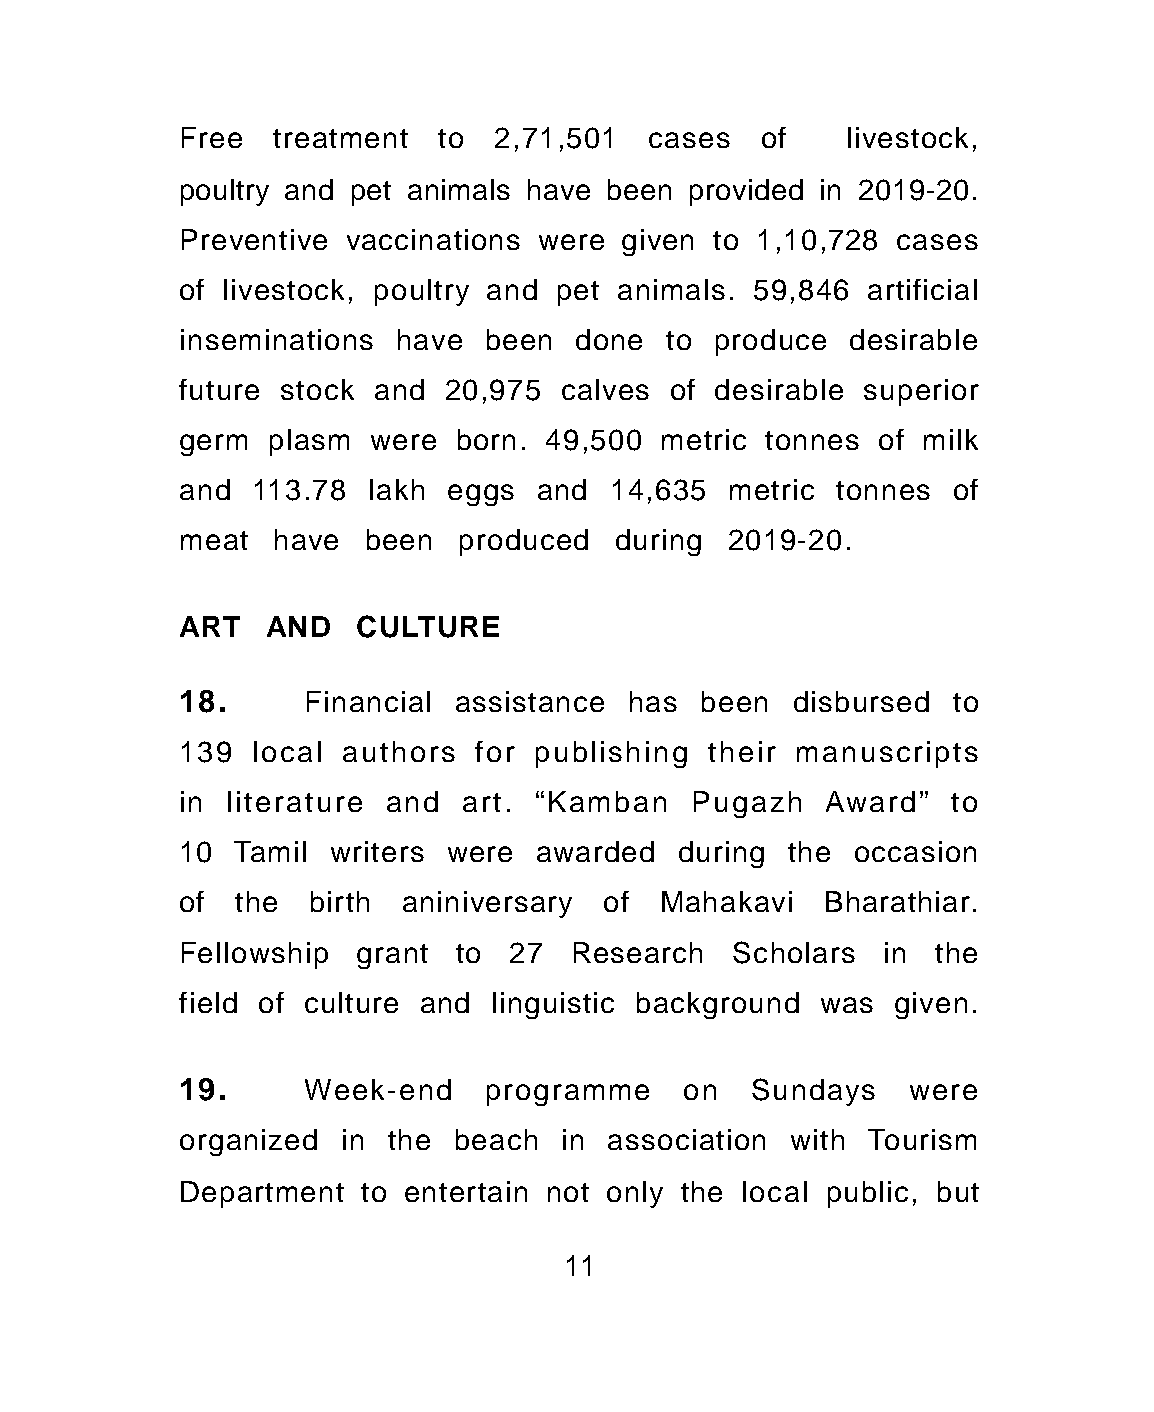
Free  treatment  to  2,71,501  cases  of    livestock,
 poultry and pet animals have been provided in 2019-20.
 Preventive vaccinations were given to 1,10,728 cases
 of livestock, poultry and pet animals. 59,846 artificial
 inseminations have  been  done  to produce  desirable
 future stock and 20,975  calves of desirable superior
 germ  plasm were  born. 49,500  metric tonnes of milk
 and  113.78 lakh eggs  and  14,635  metric tonnes  of
 meat  have  been  produced   during 2019-20.
 ART  AND   CULTURE
 18.     Financial assistance has  been  disbursed  to
 139  local authors for publishing  their manuscripts
 in literature and  art. “Kamban   Pugazh  Award”   to
 10 Tamil  writers were awarded   during the occasion
 of the  birth aniniversary  of  Mahakavi  Bharathiar.
 Fellowship grant  to  27  Research  Scholars  in  the
 field of culture and linguistic background was given.
 19.     Week-end    programme    on   Sundays   were
 organized in  the beach  in association with Tourism
 Department  to entertain not only the local public, but
 11